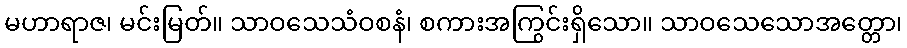
မဟာရာဇ၊ မင်းမြတ်။ သာဝသေသံဝစနံ၊ စကားအကြွင်းရှိသော။ သာဝသေသောအတ္တော၊